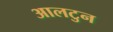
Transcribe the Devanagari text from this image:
आलटुन